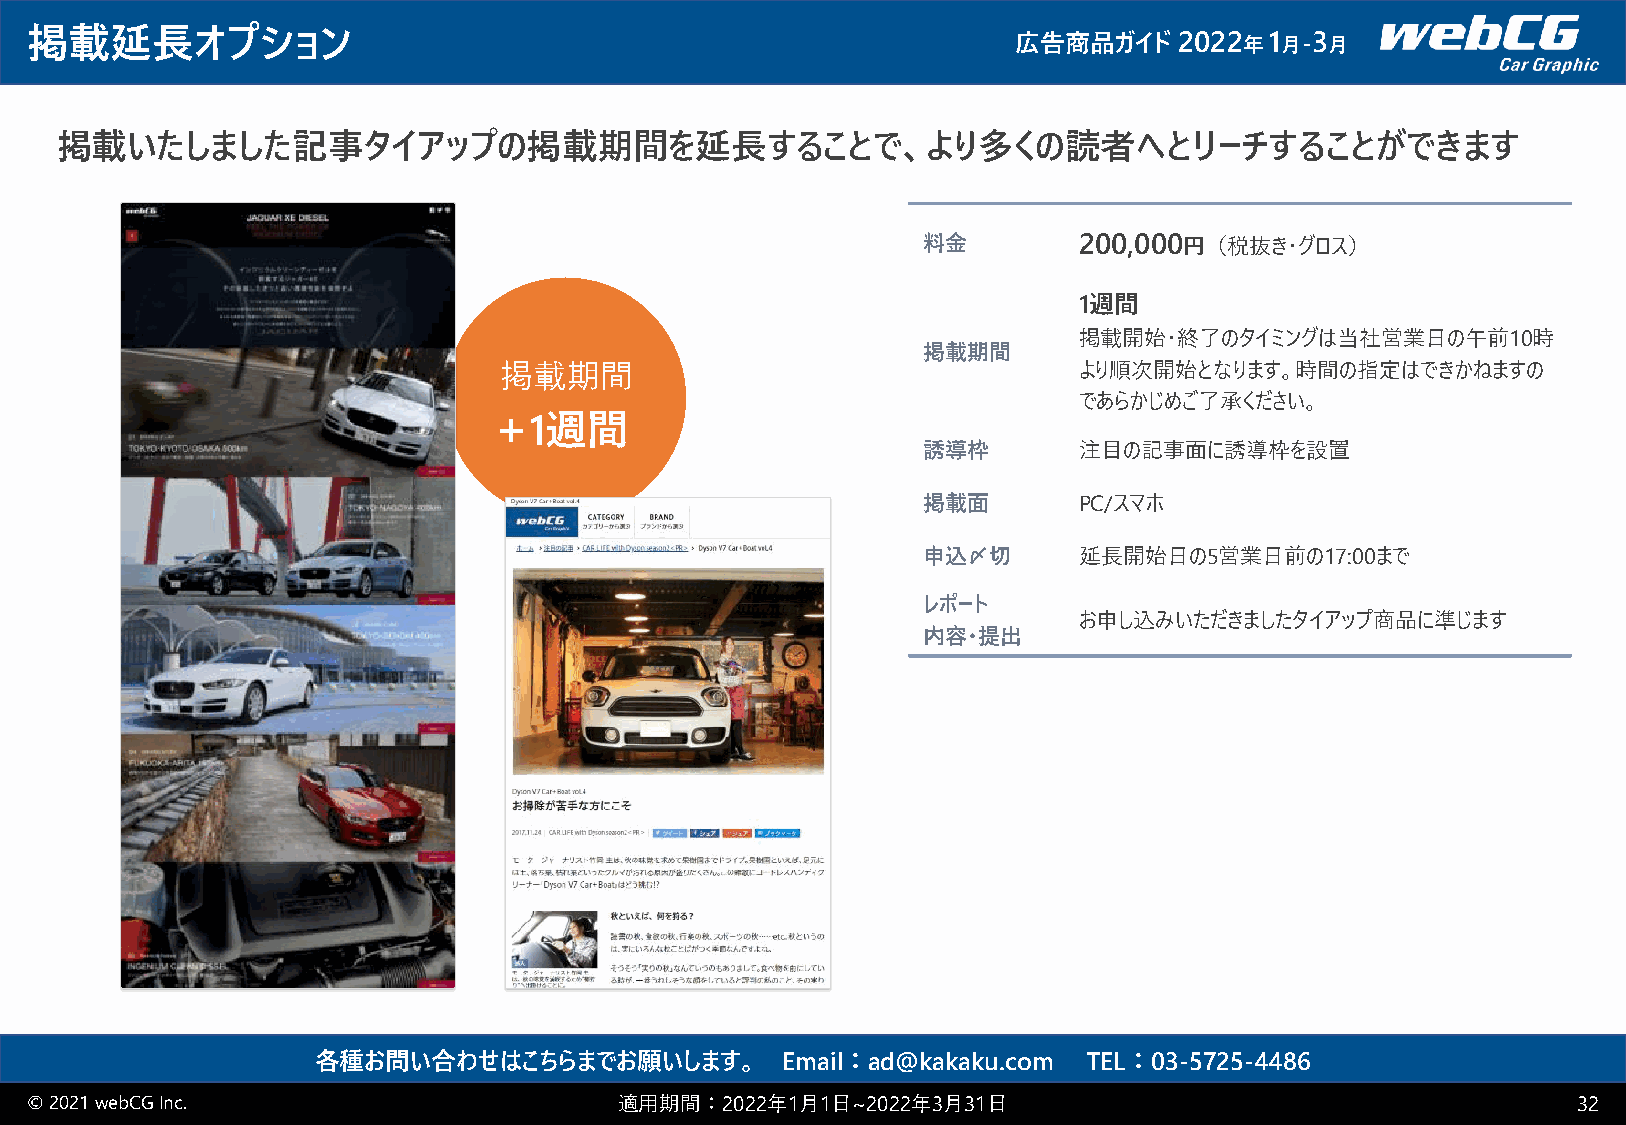
掲載延長オプション                                                        広告商品ガイド    2022 年1 月-3 月
 掲載いたしました記事タイアップの掲載期間を延長することで、より多くの読者へとリーチすることができます
 料金        200,000円（税抜き・グロス）
 1週間
 掲載開始・終了のタイミングは当社営業日の午前10時
 掲載期間
 掲載期間                                  より順次開始となります。時間の指定はできかねますの
 であらかじめご了承ください。
 +
 1週間
 誘導枠       注目の記事面に誘導枠を設置
 掲載面       PC/スマホ
 申込〆切      延長開始日の5営業日前の17:00まで
 レポート
 お申し込みいただきましたタイアップ商品に準じます
 内容・提出
 各種お問い合わせはこちらまでお願いします。          Email：ad@kakaku.com TEL：03-5725-4486
 © 2021 webCGInc.                       適用期間：2022年1月1日~2022年3月31日                                      32